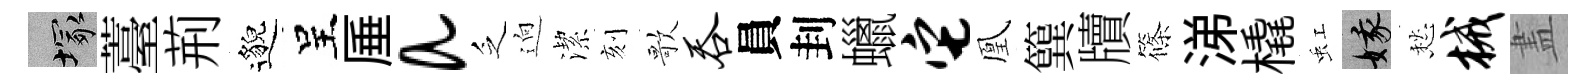
塚薹荊邈呈厜a乏逈潔刻歌吞員刲蠟它凰簨牘篠涕橇虹娥愁械𥁞